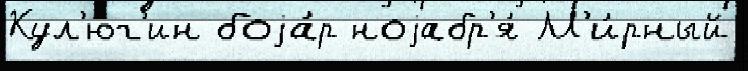
Кул'юг'ин боjа́р ноjабр'я́ М'и́рный